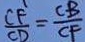
\frac { C F } { C D } = \frac { C B } { C F }